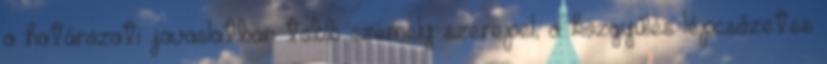
a határozati javaslatban több személy szerepel, a közgyűlés lépcsőzetes